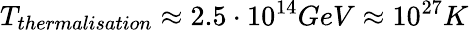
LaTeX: T_{thermalisation}\approx 2.5\cdot 10^{14}GeV\approx 10^{27}K